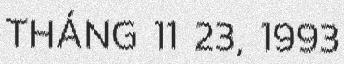
THÁNG 11 23, 1993